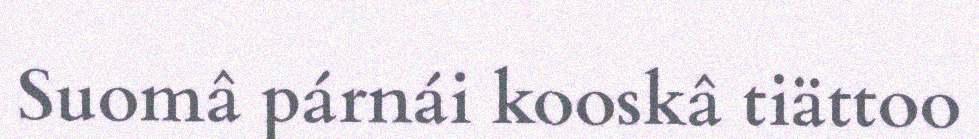
Suomâ párnái kooskâ tiättoo